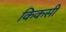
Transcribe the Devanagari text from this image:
किकसी